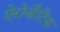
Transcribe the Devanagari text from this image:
ऐरोनौटिक